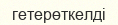
гетерөткелді